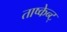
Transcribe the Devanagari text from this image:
ताष्केन्ट्